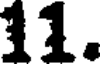
11.